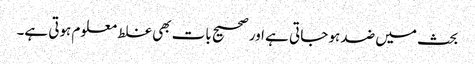
بحث میں ضد ہو جاتی ہے اور صحیح بات بھی غلط معلوم ہوتی ہے۔